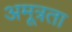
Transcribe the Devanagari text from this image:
अमूत्रता